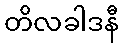
တိလခါဒနီ